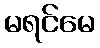
မရင်မေ